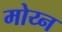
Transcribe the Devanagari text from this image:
मोय्न